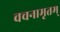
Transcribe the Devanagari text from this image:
वचनामृतम्